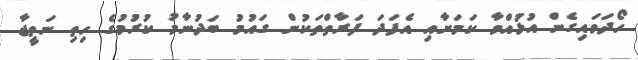
ހޯދަވައިގެން އުޅުައްވާ ކަމަށާއި އެފަދަ ފަރާތްތަކުން ގައުމު ބަދުނާމު ކުރުމުގެ ހިތި ނަތީޖާ